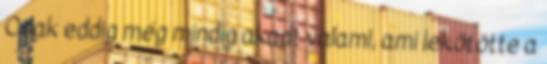
Csak eddig még mindig akadt valami, ami lekötötte a